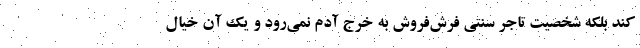
کند بلکه شخصیت تاجر سنتی فرش‌فروش به خرج آدم نمی‌رود و یک آن خیال